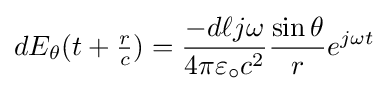
dE_{\theta }(t+\textstyle {r \over c})=\displaystyle {-d\ell j\omega  \over 4\pi \varepsilon _{\circ }c^{2}}{\sin \theta  \over r}e^{j\omega t}